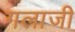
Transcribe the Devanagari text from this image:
गलाजी